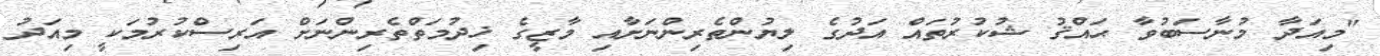
"މިއަދާ މުނާސަބުވާ ޙައްޤު ޝުކުރުތައް އަދުގެ ލިޔުންތެރިންނަށާއި މާޒީގެ ޚިދުމަތްތެރިންނަށް އަރިސްކުރުމަކީ މިއަދު